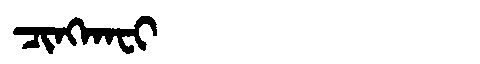
Manchu: ᠴᡳᠩᡴᠠᠸᡳ
Romanization: CINGKAFI